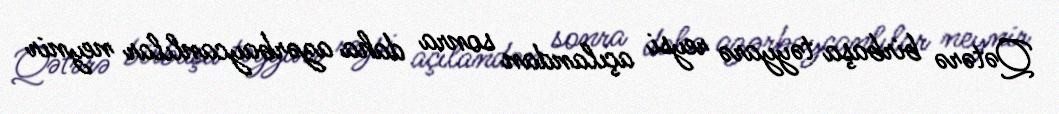
Qətərə birbaşa təyyarə reysi açılandan sonra daha azərbaycanlılar neynir